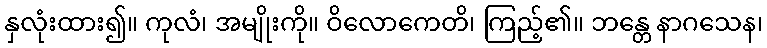
နှလုံးထား၍။ ကုလံ၊ အမျိုးကို။ ဝိလောကေတိ၊ ကြည့်၏။ ဘန္တေ နာဂသေန၊